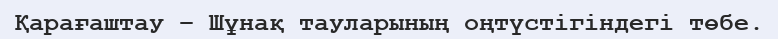
Қарағаштау – Шұнақ тауларының оңтүстігіндегі төбе.